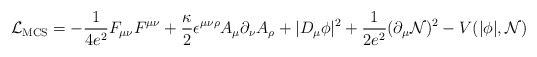
\begin{align*}{\cal L}_{\rm MCS}=-\frac{1}{4e^2}F_{\mu\nu}F^{\mu\nu} +\frac{\kappa}{2}\epsilon^{\mu\nu\rho}A_\mu \partial_\nu A_\rho +|D_\mu \phi |^2 +\frac{1}{2e^2}(\partial_\mu {\cal N})^2 -V(|\phi|,{\cal N})\end{align*}